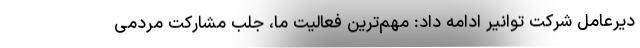
دیرعامل شرکت توانیر ادامه داد: مهم‌ترین فعالیت ما، جلب مشارکت مردمی